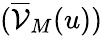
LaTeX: (\overline{{\mathcal{V}}}_{M}(u))